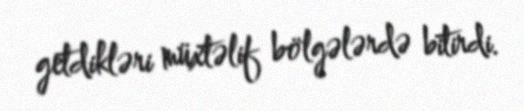
getdikləri müxtəlif bölgələrdə bitirdi.